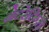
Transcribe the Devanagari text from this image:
नेटरेटिंग्स